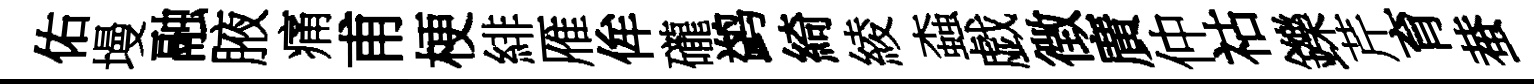
佑墁融腋痛甫梗緋雁侔礲鹢綺綾螙戯徴廣仲祜鑠芹育蛬